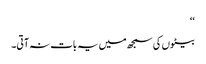
‘‘
بیٹوں کی سمجھ میں یہ بات نہ آتی۔